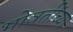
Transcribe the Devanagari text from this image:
भोवतींच्या